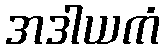
အဒါယကံ